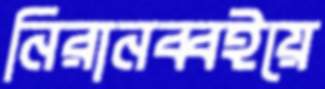
নিরানব্বইয়ে